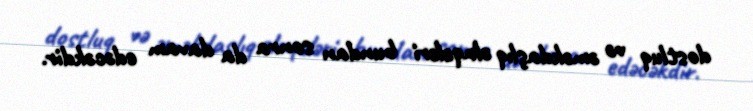
dostluq və əməkdaşlıq əlaqələri bundan sonra da davam edəcəkdir.